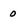
Character: 0